Annual administration and progress report of the Indian Medical Department, Bombay
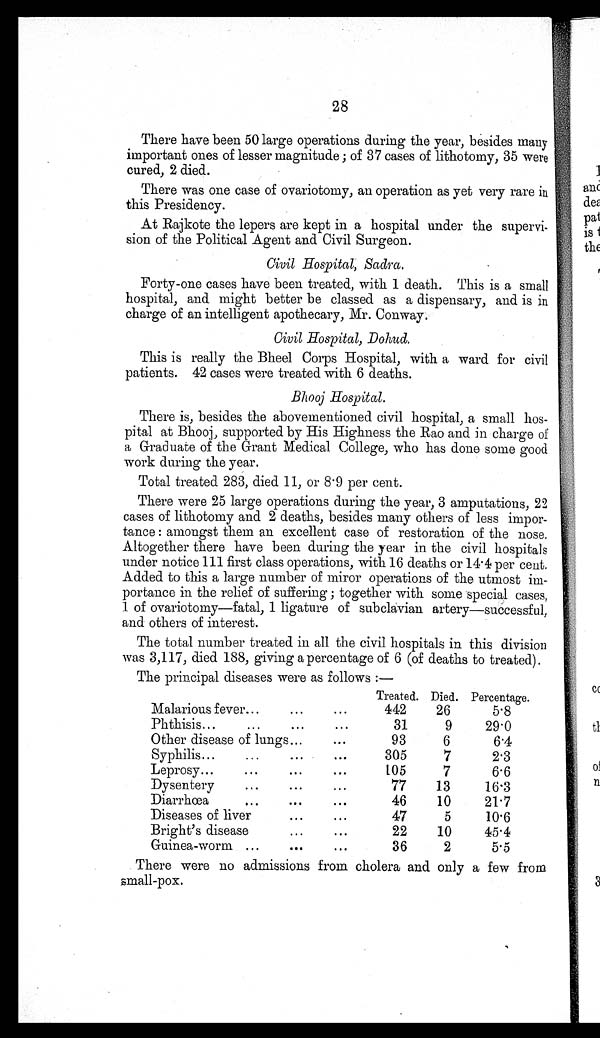
28
There have been 50 large operations during the year, besides many
important ones of lesser magnitude ; of 37 cases of lithotomy, 35 were
cured, 2 died.
There was one case of ovariotomy, an operation as yet very rare in
this Presidency.
At Rajkote the lepers are kept in a hospital under the supervi-
sion of the Political Agent and Civil Surgeon.
Civil Hospital, Sadra.
Forty-one cases have been treated, with 1 death. This is a small
hospital, and might better be classed as a dispensary, and is in
charge of an intelligent apothecary, Mr. Conway.
Civil Hospital, Dohud.
This is really the Bheel Corps Hospital, with a ward for civil
patients. 42 cases were treated with 6 deaths.
Bhooj Hospital.
There is, besides the abovementioned civil hospital, a small hos-
pital at Bhooj, supported by His Highness the Rao and in charge of
a Graduate of the Grant Medical College, who has done some good
work during the year.
Total treated 283, died 11, or 8 . 9 per cent.
There were 25 large operations during the year, 3 amputations, 22
cases of lithotomy and 2 deaths, besides many others of less impor-
tance : amongst them an excellent case of restoration of the nose.
Altogether there have been during the year in the civil hospitals
under notice 111 first class operations, with 16 deaths or 14 . 4 per cent.
Added to this a large number of miror operations of the utmost im-
portance in the relief of suffering ; together with some special cases,
1 of ovariotomy—fatal, 1 ligature of subclavian artery—successful,
and others of interest.
The total number treated in all the civil hospitals in this division
was 3,117, died 188, giving a percentage of 6 (of deaths to treated).
The principal diseases were as follows :—
Treated. Died. Percentage.
Malarious fever...
...
...
442
26
5.8
P h t h i s i s . . . . . . . . . . . . . . . . .
31
9
29.0
Other disease of lungs...
...
93
6
6.4
Syphilis...
...
... ...
305
7
2.3
Leprosy...
...
...
...
105
7
6.6
Dysentery
...
...
...
77
13
16.3
Diarrhœa
...
...
...
46
10
21. 7
Diseases of liver
...
.
...
47
5
10.6
Bright's disease
...
...
22
10
45.4
Guinea-worm ...
...
...
36
2
5.5
There were no admissions from cholera and only a few from
small-pox.